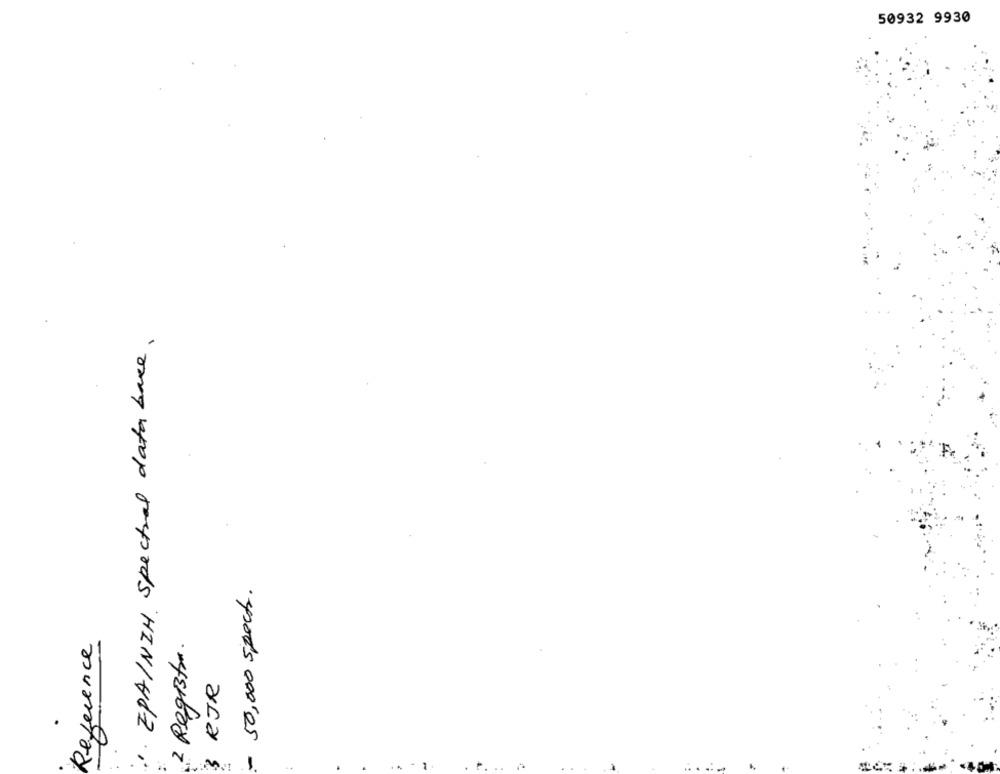
50932 9930
EPA/NIH spectral data base .
- 50,000 sports.
Reference
2 Regista.
RJR
3